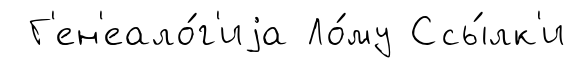
Г'ен'еало́г'иjа Ло́му Ссы́лк'и